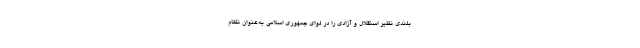
بلندی نظیر استقلال و آزادی را در لوای جمهوری اسلامی به‌عنوان نظام